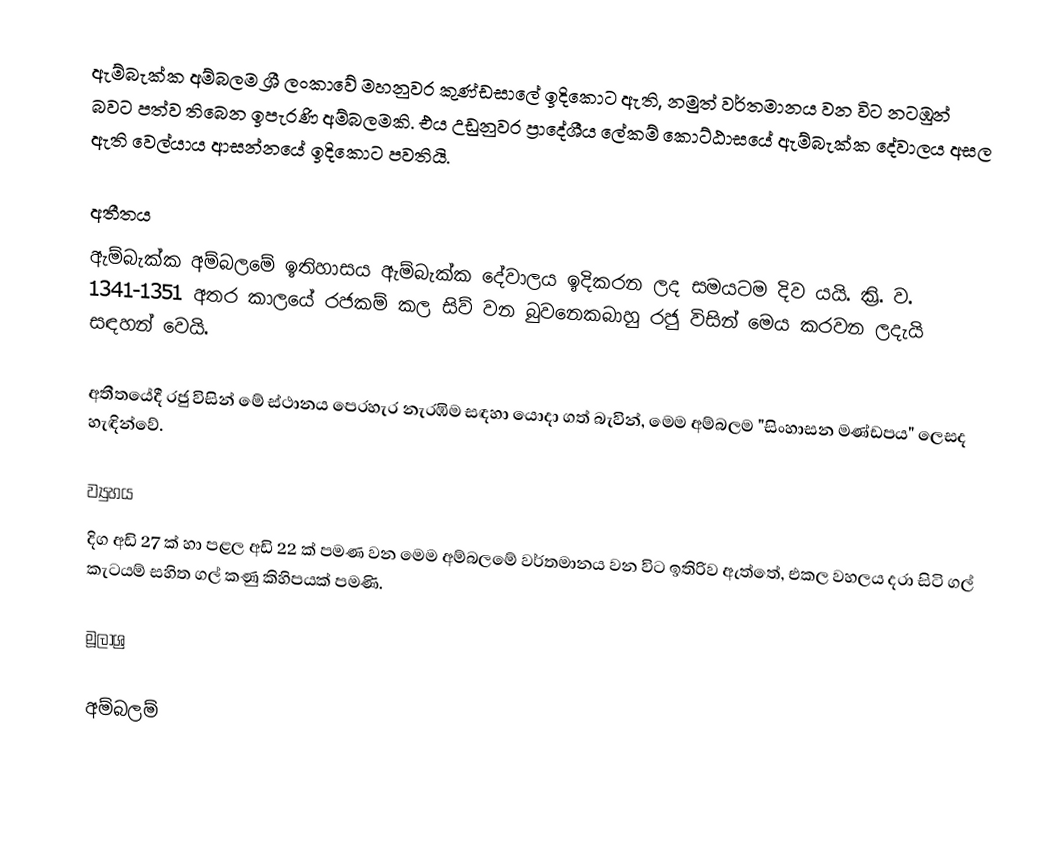
ඇම්බැක්ක අම්බලම ශ්‍රී ලංකාවේ මහනුවර කුණ්ඩසාලේ ඉදිකොට ඇති, නමුත් වර්තමානය වන විට නටඹුන් බවට පත්ව තිබෙන ඉපැරණි අම්බලමකි. එය උඩුනුවර ප්‍රාදේශීය ලේකම් කොට්ඨාසයේ ඇම්බැක්ක දේවාලය අසල ඇති වෙල්යාය ආසන්නයේ ඉදිකොට පවතියි.

අතීතය
ඇම්බැක්ක අම්බලමේ ඉතිහාසය ඇම්බැක්ක දේවාලය ඉදිකරන ලද සමයටම දිව යයි. ක්‍රි. ව. 1341-1351 අතර කාලයේ රජකම් කල සිව් වන බුවනෙකබාහු රජු විසින් මෙය කරවන ලදැයි සඳහන් වෙයි.

අතීතයේදී රජු විසින් මේ ස්ථානය පෙරහැර නැරඹිම සඳහා යොදා ගත් බැවින්, මෙම අම්බලම "සිංහාසන මණ්ඩපය" ලෙසද හැඳින්වේ.

ව්‍යුහය
දිග අඩි 27 ක් හා පළල අඩි 22 ක් පමණ වන මෙම අම්බලමේ වර්තමානය වන විට ඉතිරිව ඇත්තේ, එකල වහලය දරා සිටි ගල් කැටයම් සහිත ගල් කණු  කිහිපයක් පමණි.

මූලාශ්‍ර

අම්බලම්